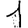
Digit: 1